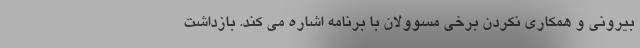
بیرونی و همکاری نکردن برخی مسوولان با برنامه اشاره می کند. بازداشت